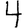
Digit: 4